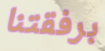
برفقتنا